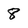
Character: 8